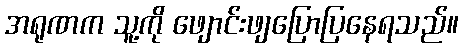
အရုဏက သူ့ကို ဖျောင်းဖျပြောပြနေရသည်။